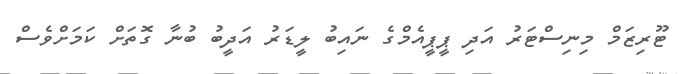
ޓޫރިޒަމް މިނިސްޓަރު އަދި ޕީޕީއެމްގެ ނައިބު ލީޑަރު އަދީބު ބުނާ ގޮތަށް ކަމަށްވެސް